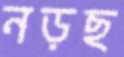
নড়ছ